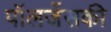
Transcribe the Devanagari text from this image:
पॉलजेंसकी